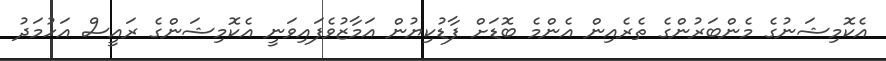
އެކޮމިޝަނުގެ މެންބަރުންގެ ތެރެއިން އެންމެ ބޮޑަށް ފާޑުކިޔުން އަމާޒުވެފައިވަނީ އެކޮމިޝަންގެ ރައީސް އަހުމަދު